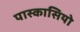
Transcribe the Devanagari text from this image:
पास्कासियो